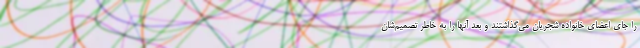
را جای اعضای خانواده شجریان می‌گذاشتند و بعد آنها را به خاطر تصمیم‌شان